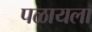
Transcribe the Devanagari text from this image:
पळायला